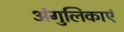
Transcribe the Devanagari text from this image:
अंगुलिकाएं